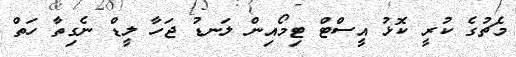
މެޗުގެ ކުރީ ކޮޅު އީސްޓް ޓިމޯއިން ލަނޑު ޖަހާ ލީޑް ނެގިތާ ހަތް